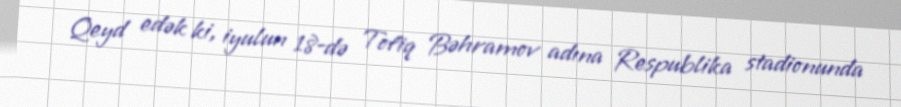
Qeyd edək ki, iyulun 18-də Tofiq Bəhramov adına Respublika stadionunda